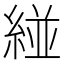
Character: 𮈝